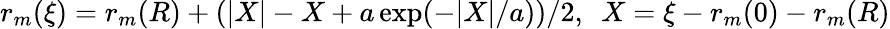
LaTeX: r_{m}(\xi)=r_{m}(R)+(|X|-X+a\exp(-|X|/a))/2,\ \ X=\xi-r_{m}(0)-r_{m}(R)